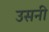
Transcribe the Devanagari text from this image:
उसनी